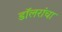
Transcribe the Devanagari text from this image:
डॉलरांचा